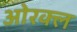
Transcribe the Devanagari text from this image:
ओरक्ल